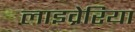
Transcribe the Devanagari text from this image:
लाइव्रेरिया